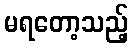
မရတော့သည့်